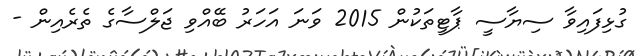
ގުޅިފައިވާ ސިޔާސީ ޕާޓީތަކުން 2015 ވަނަ އަހަރު ބޭއްވި ޖަލްސާގެ ތެރެއިން -